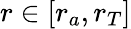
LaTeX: r\in[r_{a},r_{T}]